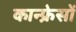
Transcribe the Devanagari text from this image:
कान्फ्रेसों